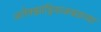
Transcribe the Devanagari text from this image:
अलेक्झांड्रियाजवळच्या